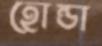
হোন্ডা